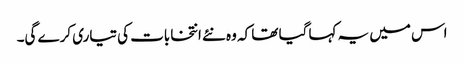
اس میں یہ کہا گیا تھا کہ وہ نئے انتخابات کی تیاری کرے گی۔